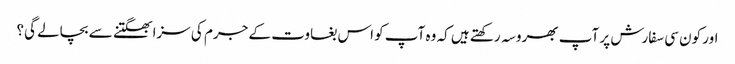
اور کون سی سفارش پر آپ بھروسہ رکھتے ہیں کہ وہ آپ کو اس بغاوت کے جرم کی سزا بھگتنے سے بچالے گی؟